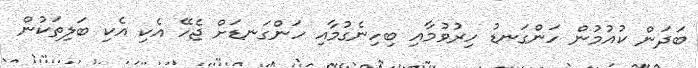
ބަދަން ކުއުމުން ހަންގަނޑު ހިރުވުމާއި ބިހިނެގުމާއި ހަންގަނޑަށް ޖެހޭ އެކި އެކި ބަލިތަކުން